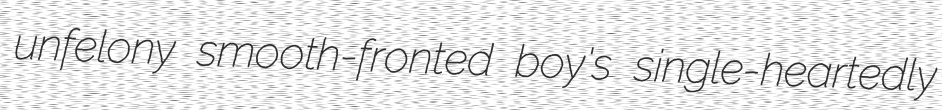
unfelony smooth-fronted boy's single-heartedly